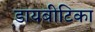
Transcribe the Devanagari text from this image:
डायबीटिका